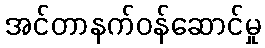
အင်တာနက်ဝန်ဆောင်မှု